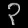
Digit: ၃